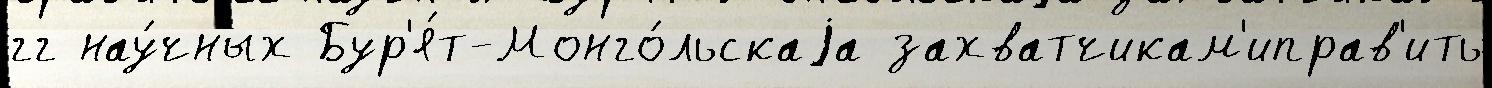
гг нау́чных Бур'я́т-Монго́льскаjа захватчикам'иправ'ить